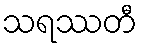
သရဿတီ